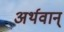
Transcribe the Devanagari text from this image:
अर्थवान्‌